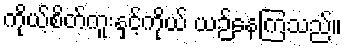
ကိုယ့်စိတ်ကူးနှင့်ကိုယ် ယဉ်နေကြသည်။